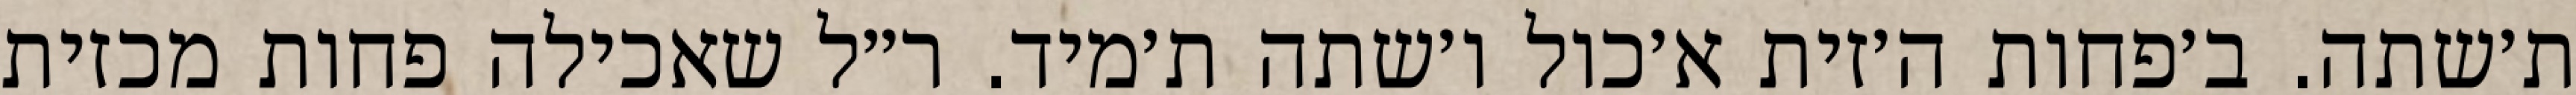
ת׳שתה. ב׳פחות ה׳זית א׳כול ו׳שתה ת׳מיד. ר״ל שאכילה פחות מכזית